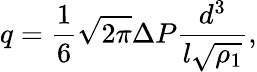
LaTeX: q={\frac{1}{6}}{\sqrt{2\pi}}\Delta P{\frac{d^{3}}{l{\sqrt{\rho_{1}}}}},